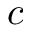
c